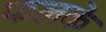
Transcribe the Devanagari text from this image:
फलके